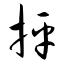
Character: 抨